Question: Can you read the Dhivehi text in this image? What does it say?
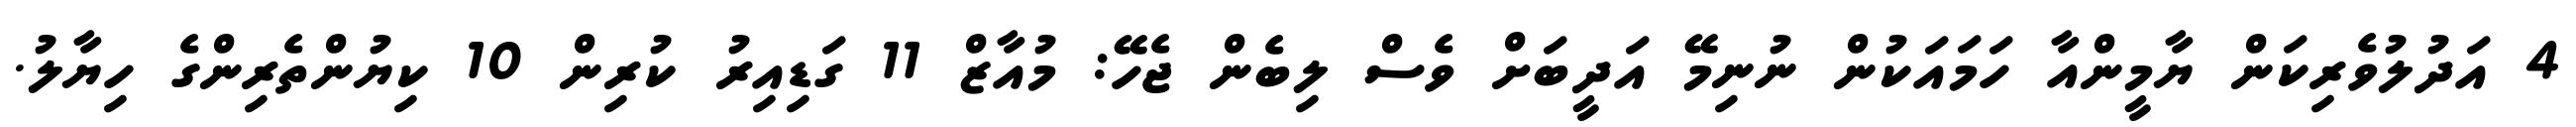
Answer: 4 އަދުލުވެރިކަން ޔާމީންއާ ހަމައަކުން ނުނިމޭ އަދީބަށް ވެސް ލިބެން ޖެހޭ: މުއާޒް 11 ގަޑިއިރު ކުރިން 10 ކިޔުންތެރިންގެ ހިޔާލު.